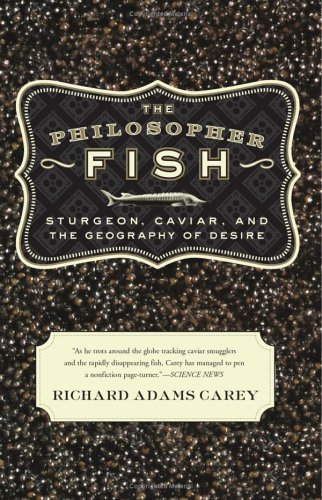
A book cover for The Philosopher Fish: Sturgeon, Caviar, and the Geography of Desire; Richard Adams Carey; Sports & Outdoors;